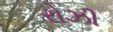
રોઝી